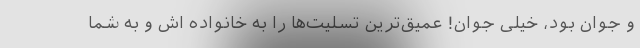
و جوان بود، خیلی جوان! عمیق‌ترین تسلیت‌ها را به خانواده اش و به شما